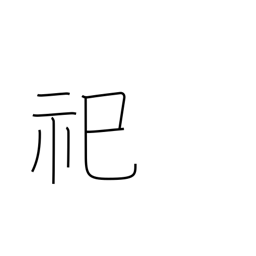
Meaning: enshrine